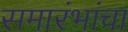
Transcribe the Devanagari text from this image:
समारंभांचा